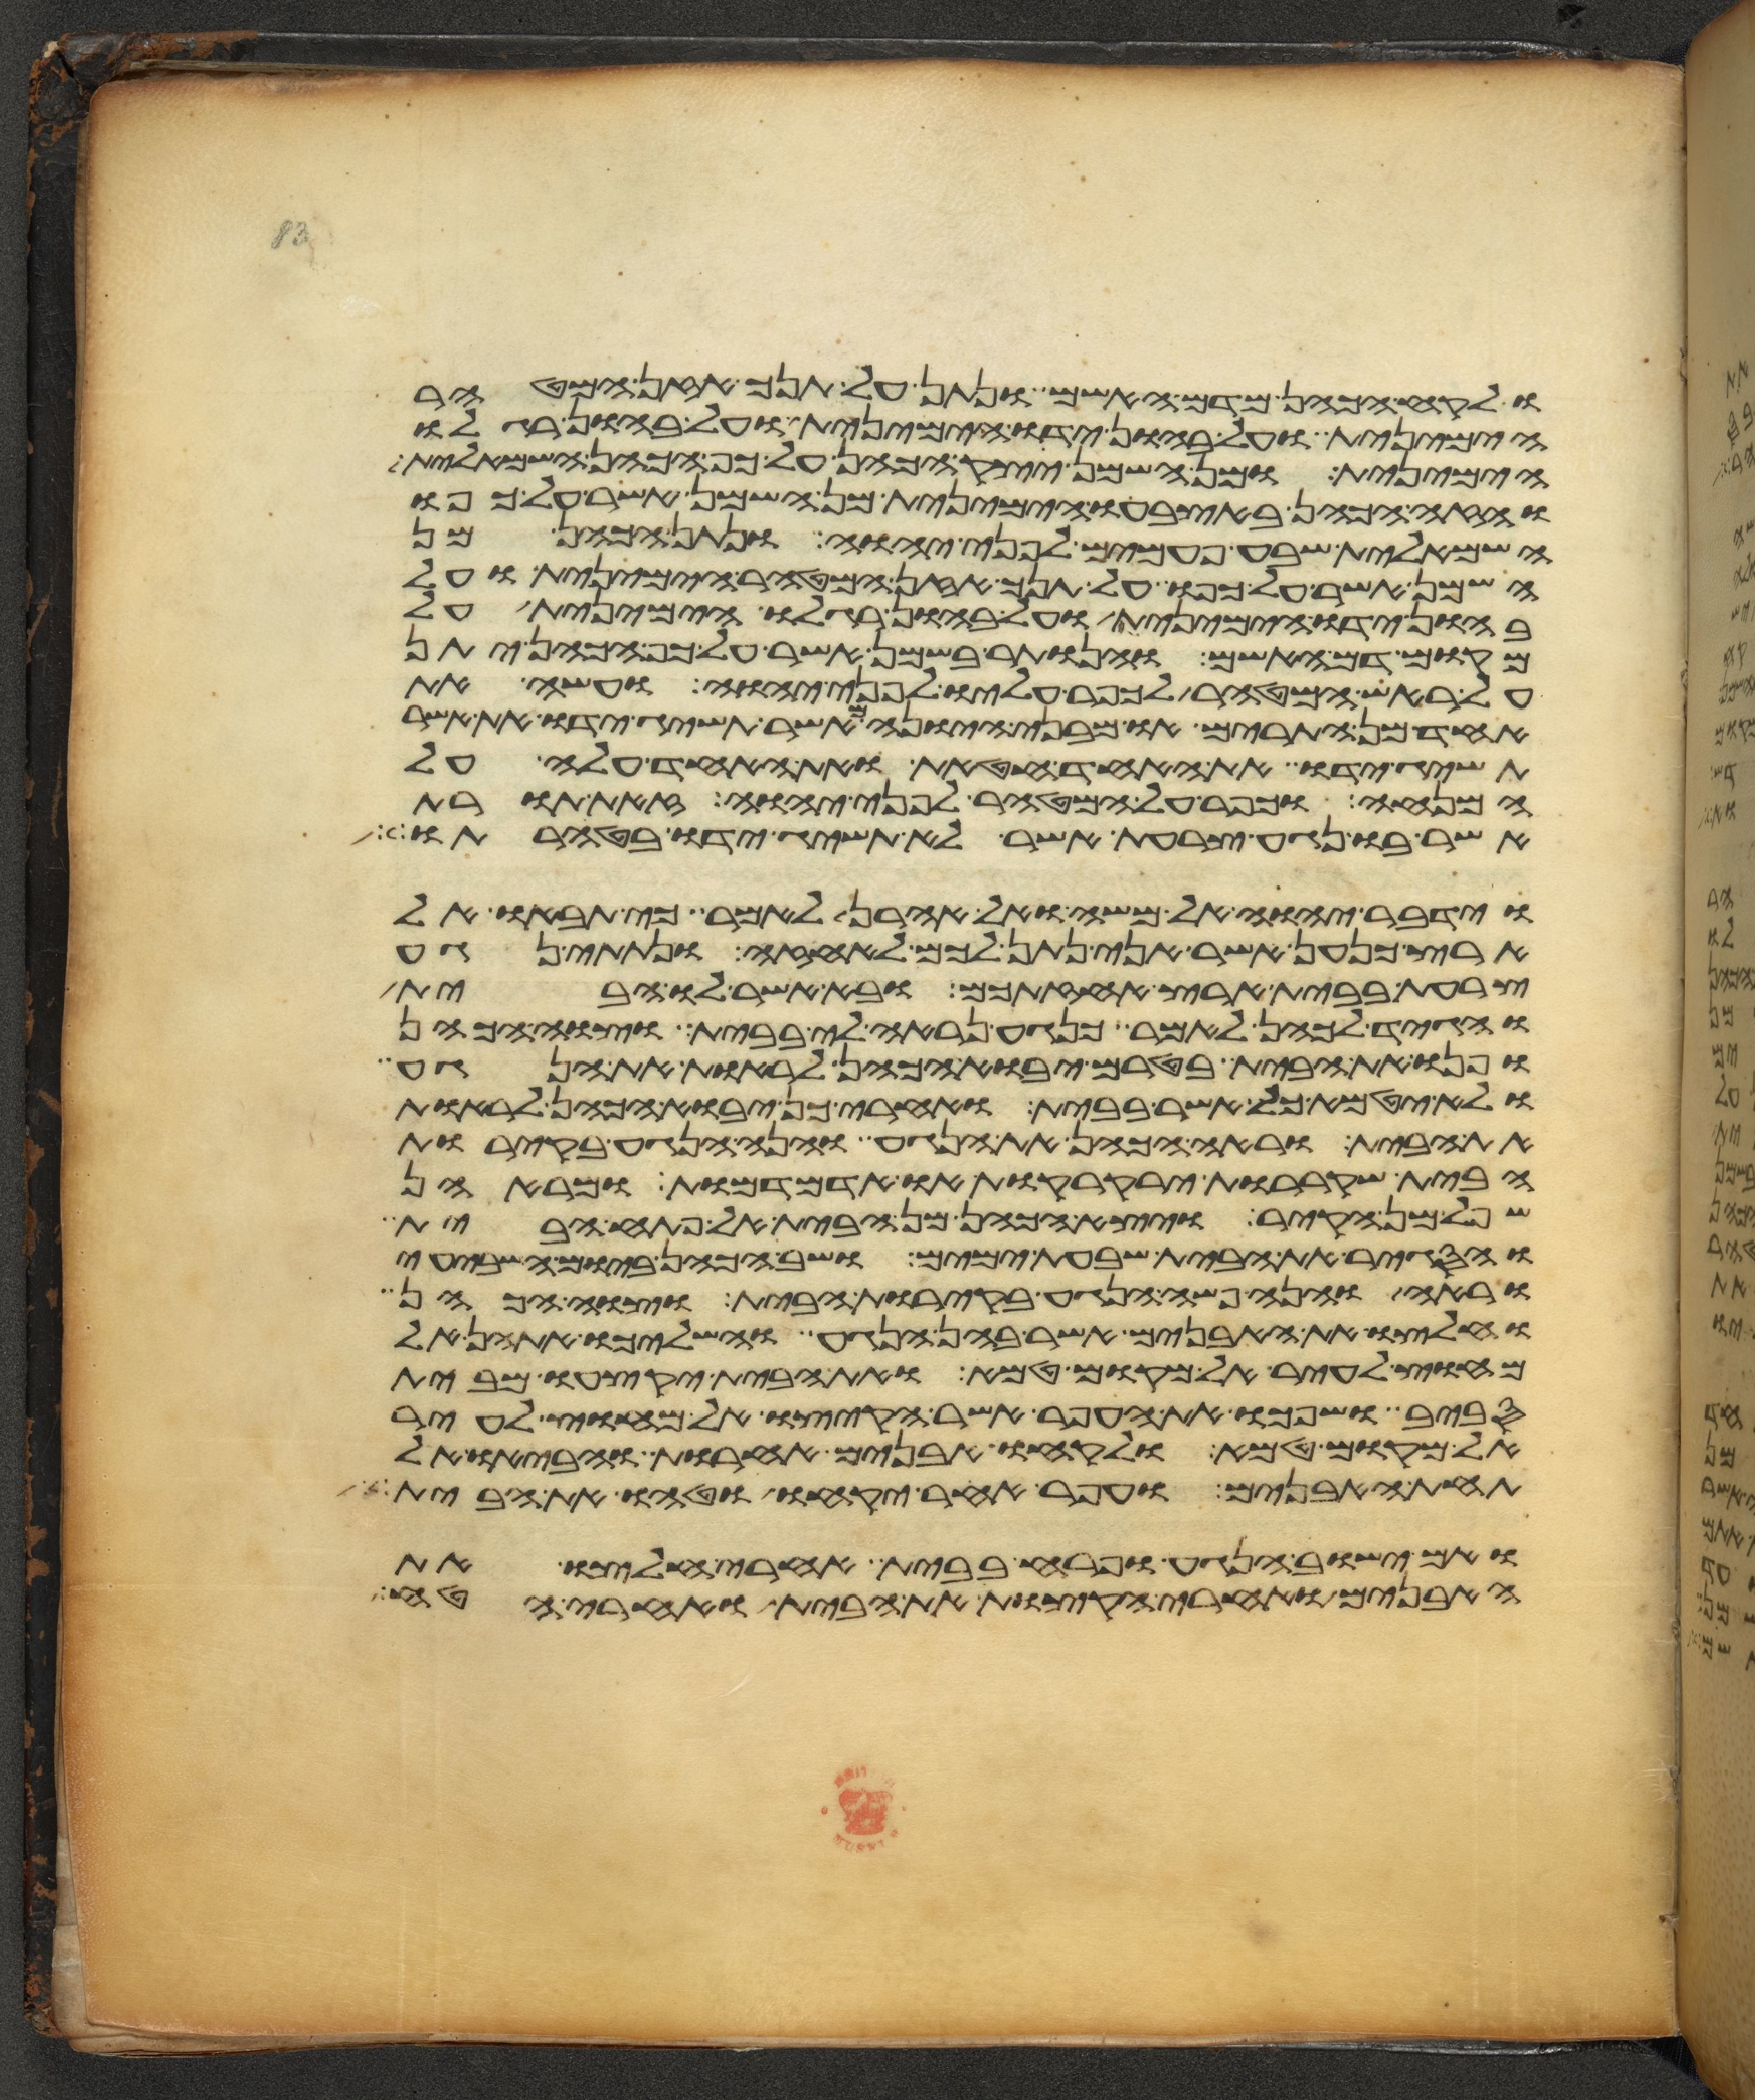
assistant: ולקח הכהן מדם האשם ונתן על תנך אזן המטהר
הימנית ועל בהון ידו הימנית ועל בהון רגלו
הימנית ומן השמן יצק הכהן על כף הכהן השמאלית
והזה הכהן באצבעו הימנית מן השמן אשר על כפו
השמאלית שבע פעמים לפני יהוה ונתן הכהן מן
השמן אשר על כפו על תנך אזן המטהר הימנית ועל
בהון ידו הימנית ועל בהון רגלו הימנית על
מקום דם האשם והנותר בשמן אשר על כף הכהן יתן
על ראש המטהר לכפר עליו לפני יהוה ועשה את
האחד מן התרים או מבני היונה מאשר תשיג ידו את אשר
תשיג ידו את האחד חטאת ואת האחד עלה על
המנחה וכפר על המטהר לפני יהוה זאת תורת
אשר בו נגע צרעת אשר לא תשיג ידו בטהרתו
וידבר יהוה אל משה ואל אהרן לאמר כי תבאו אל
ארץ כנען אשר אני נתן לכם לאחזה ונתתי נגע
צרעת בבית ארץ אחזתכם ובא אשר לו הבית
והגיד לכהן לאמר כנגע נראה לי בבית וצוה הכהן
ופנו את הבית בטרם יבוא הכהן לראות את הנגע
ולא יטמא כל אשר בבית ואחרי כן יבוא הכהן לראות
את הבית וראה הכהן את הנגע והנה הנגע בקירות
הבית שקעררות ירקרקות או אדמדמות ומראהן
שפל מן הקיר ויצא הכהן מן הבית אל פתח הבית
והסגיר את הבית שבעת ימים ושב הכהן ביום השביעי
וראה והנה פשה הנגע בקירות הבית וצוה הכהן
וחלצו את האבנים אשר בהן הנגע והשליכו אתהן אל
מחוץ לעיר אל מקום טמא ואת הבית יקצעו מבית
סביב ושפכו את העפר אשר הקיצו אל מחוץ לעיר
אל מקום טמא ולקחו אבנים אחרות והביאו אל
תחת האבנים ועפר אחר יקחו וטחו את הבית
ואם ישוב הנגע ופרח בבית אחרי חלצו את
האבנים ואחרי הקצות את הבית ואחרי הטח